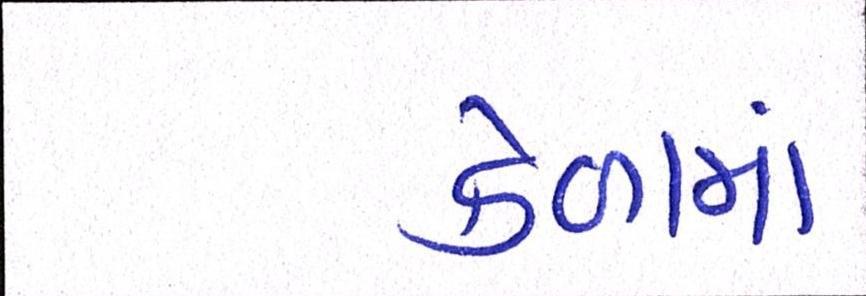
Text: કેળામાં